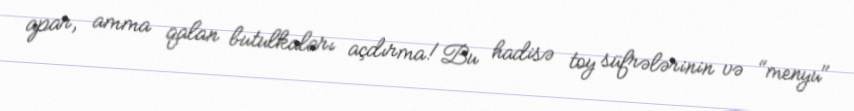
apar, amma qalan butulkaları açdırma!Bu hadisə toy süfrələrinin və "menyu"